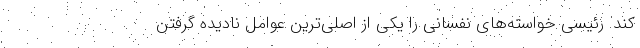
کند. رئیسی خواسته‌های نفسانی را یکی از اصلی‌ترین عوامل نادیده گرفتن